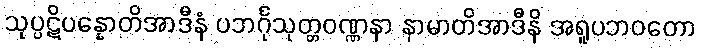
သုပ္ပဋိပန္နောတိအာဒီနံ ပဘင်္ဂုသုတ္တဝဏ္ဏနာ နာမာတိအာဒီနိ အရူပဘဝတော